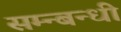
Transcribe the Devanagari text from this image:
सम्न्बन्धी